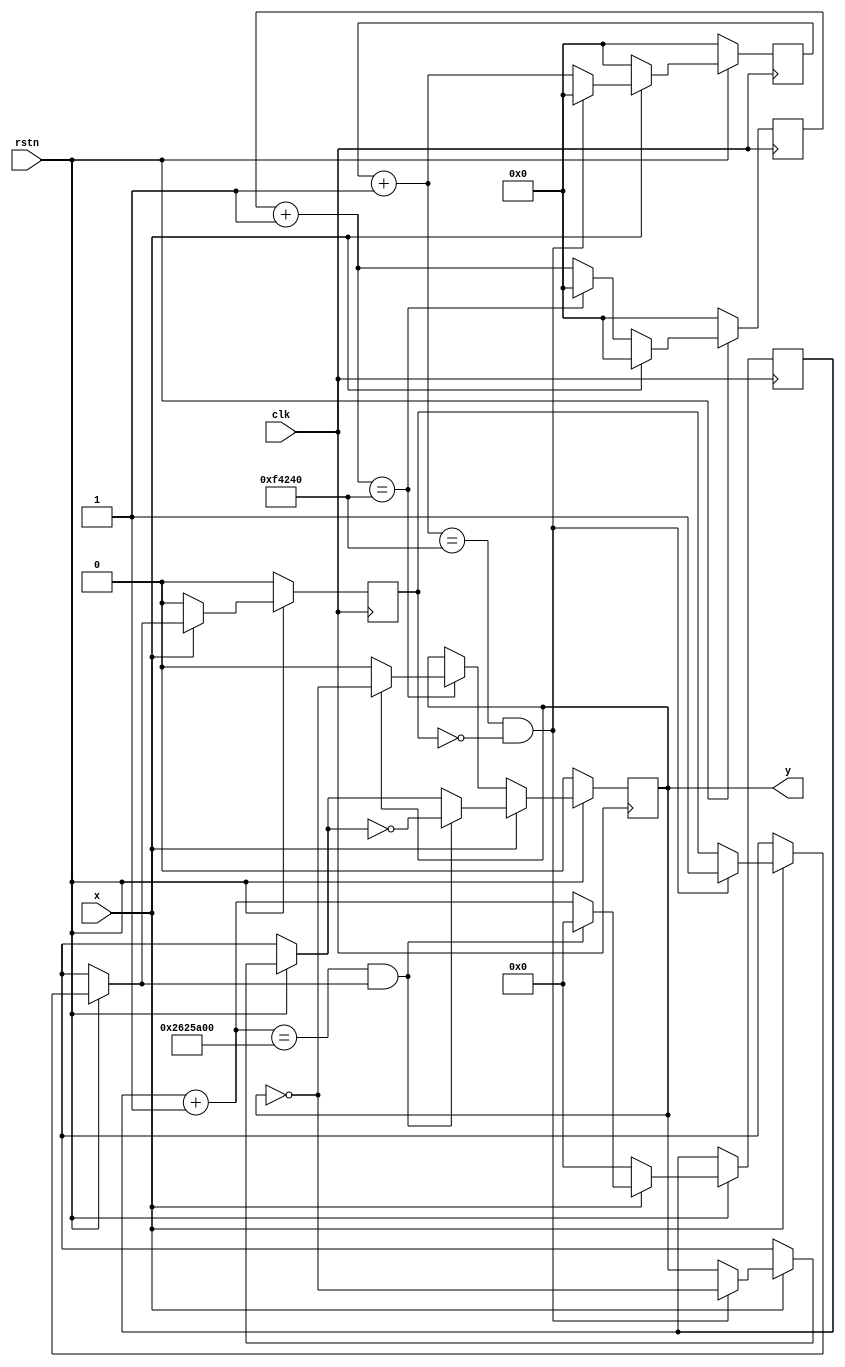
`timescale 1ns / 1ps

module DB(//
    input x,
    input rstn,
    input clk,
    output reg y
    );
    reg flag1;
    reg [19:0] cnt1,cnt2;
    reg [25:0] cnt;
    
    initial
    begin
        flag1 = 0;
        y = 0;
        cnt1 = 0;
        cnt2 = 0;    
    end
    
    always@( posedge clk )
    begin
        if(~rstn)
        begin
            cnt1 <= 1'b0;
            cnt2 <= 1'b0;
            flag1 <= 0;
            if( y ) y <= 1'b0;
        end
        else  if( x==1 )
        begin
            cnt1 = cnt1 + 1;
            cnt = cnt + 1;
            cnt2 = 1'b0;
            if( cnt1 == 1000000 && flag1 == 0 )
            begin
                cnt1 = 1'b0;
                y = ~y;
                flag1 = 1'b1;
            end
            if (cnt == 40000000 && flag1 == 1 )
            begin
                cnt = 1'b0;
                y = ~y;
            end
        end
        else
        begin
            cnt2 = cnt2 + 1;
            cnt1 = 1'b0;
            cnt = 1'b0;
            flag1 = 1'b0;
            if( cnt2 == 1000000 )
            begin
                cnt2 = 1'b0;
                if( y==1 ) y = ~y;
            end
        end
    end
    
endmodule